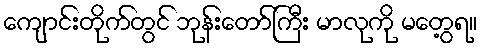
ကျောင်းတိုက်တွင် ဘုန်းတော်ကြီး မာလုကို မတွေ့ရ။